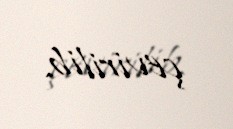
çevirilib.